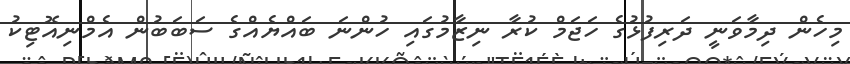
މިހެން ދިމާވަނީ ދަރިފުޅުގެ ހަޖަމް ކުރާ ނިޒާމުގައި ހުންނަ ބައްޔެއްގެ ސަބަބުން އެމްނިއޮޓިކު